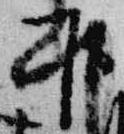
下